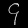
Digit: ၄